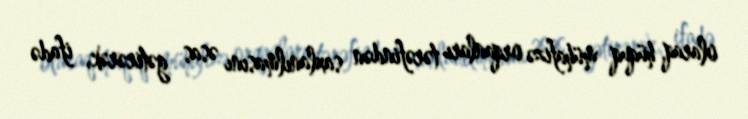
olaraq, hüquq mühafizə orqanları tərəfindən saxlanılmasını əsas gətirərək, ifadə